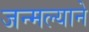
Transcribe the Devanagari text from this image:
जन्मल्याने